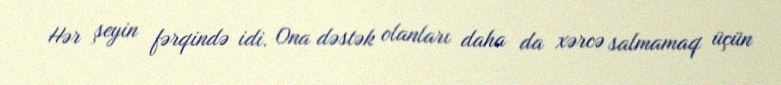
Hər şeyin fərqində idi. Ona dəstək olanları daha da xərcə salmamaq üçün